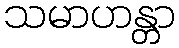
သမာဟန္တာ